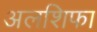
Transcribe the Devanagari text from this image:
अलशिफा